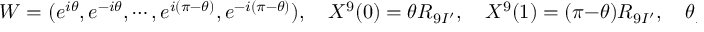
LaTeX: W = ( e ^ { i \theta } , e ^ { - i \theta } , \cdots , e ^ { i ( \pi - \theta ) } , e ^ { - i ( \pi - \theta ) } ) , \quad X ^ { 9 } ( 0 ) = \theta R _ { 9 I ^ { \prime } } , \quad X ^ { 9 } ( 1 ) = ( \pi - \theta ) R _ { 9 I ^ { \prime } } , \quad \theta _ { I } = i 2 \pi R _ { 9 I ^ { \prime } } A _ { 9 } ^ { I } \quad ,